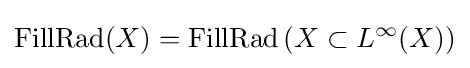
\mathrm {FillRad} (X)=\mathrm {FillRad} \left(X\subset L^{\infty }(X)\right)